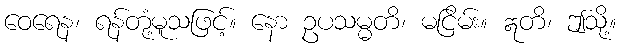
ဝေရေန၊ ရန်တုံ့မူသဖြင့်။ နော ဥပသမ္မတိ၊ မငြိမ်း။ ဣတိ၊ ဤသို့။